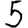
Digit: 5